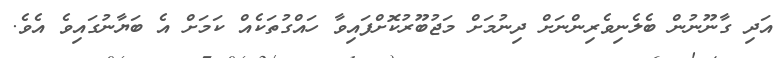
އަދި ގާނޫނުން ބެލެނިވެރިންނަށް ދިނުމަށް މަޖުބޫރުކޮށްފައިވާ ހައްގުތަކެއް ކަމަށް އެ ބަޔާނުގައިވެ އެވެ.